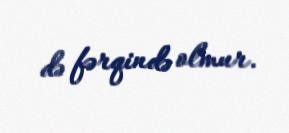
də fərqində olmur.